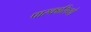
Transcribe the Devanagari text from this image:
पास्कासियो